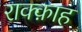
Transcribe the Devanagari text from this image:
राक्क़ाह